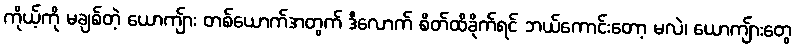
ကိုယ့်ကို မချစ်တဲ့ ယောကျ်ား တစ်ယောက်အတွက် ဒီလောက် စိတ်ထိခိုက်ရင် ဘယ်ကောင်းတော့ မလဲ၊ ယောကျ်ားတွေ